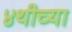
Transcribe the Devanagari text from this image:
४थीच्या